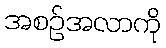
အစဉ်အလာကို